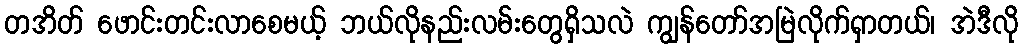
တအိတ် ဖောင်းတင်းလာစေမယ့် ဘယ်လိုနည်းလမ်းတွေရှိသလဲ ကျွန်တော်အမြဲလိုက်ရှာတယ်၊ အဲဒီလို